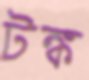
টঙ্ক